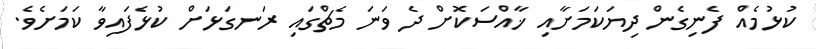
ކުޅުމެއް ފެނިގެން ދިޔަކަމަށާއި ޚާއްސަކޮށް ދެ ވަނަ މެޗްގައި ރަނގަޅަށް ކުޅެފައިވާ ކަމަށެވެ.